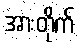
အားတိုက်